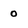
Character: 0